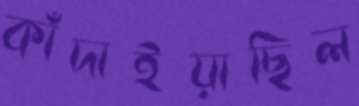
কাঁদাইয়াছিল